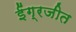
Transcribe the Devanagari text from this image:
ईंग्रजीत